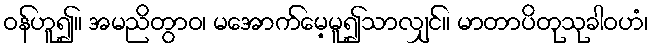
ဝန်ဟူ၍။ အမညိတွာဝ၊ မအောက်မေ့မူ၍သာလျှင်။ မာတာပိတုသုခါဝဟံ၊